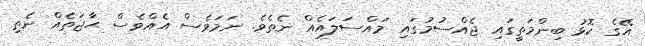
އޭގެ ކޮޅު ބިންމަތީގައި ޖެއްސުމުގައި މައްސަލައެއް ނެތެވެ. ނަމަވެސް އެއްވެސް ޙާޖަތެއް ނެތި